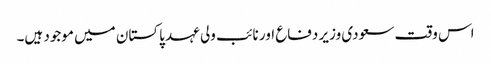
اس وقت سعودی وزیر دفاع اور نائب ولی عہد پاکستان میں موجود ہیں۔